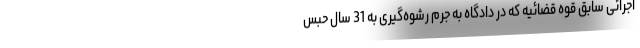
اجرائی سابق قوه قضائیه که در دادگاه به جرم رشوه‌گیری به 31 سال حبس